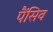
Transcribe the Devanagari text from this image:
पैंसिव